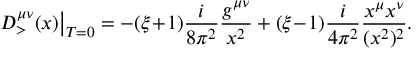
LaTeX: { \cal D } _ { > } ^ { \mu \nu } ( x ) \big | _ { T = 0 } = - ( \xi \! + \! 1 ) { \frac { i } { 8 \pi ^ { 2 } } } { \frac { g ^ { \mu \nu } } { x ^ { 2 } } } + ( \xi \! - \! 1 ) { \frac { i } { 4 \pi ^ { 2 } } } { \frac { x ^ { \mu } x ^ { \nu } } { ( x ^ { 2 } ) ^ { 2 } } } .